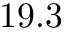
1 9 . 3